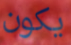
يكون